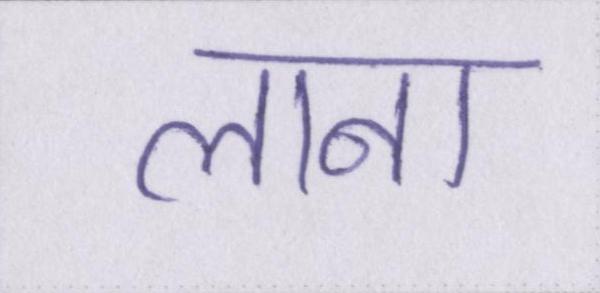
लाना